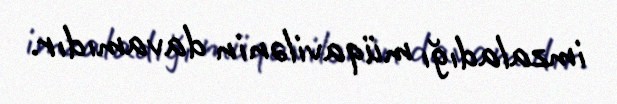
imzaladığı müqavilənin davamıdır.